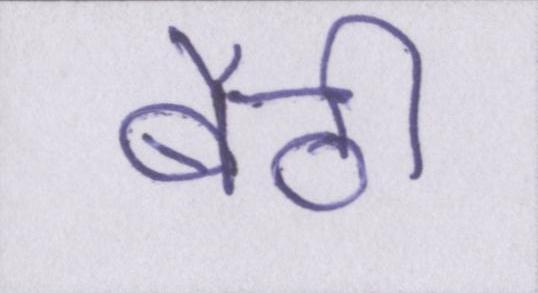
बैठी